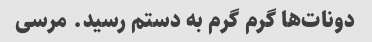
دونات‌ها گرم گرم به دستم رسید. مرسی